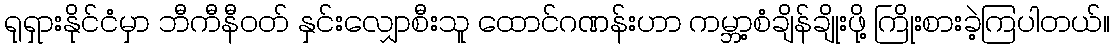
ရုရှားနိုင်ငံမှာ ဘီကီနီဝတ် နှင်းလျှောစီးသူ ထောင်ဂဏန်းဟာ ကမ္ဘာ့စံချိန်ချိုးဖို့ ကြိုးစားခဲ့ကြပါတယ်။